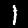
Digit: 1